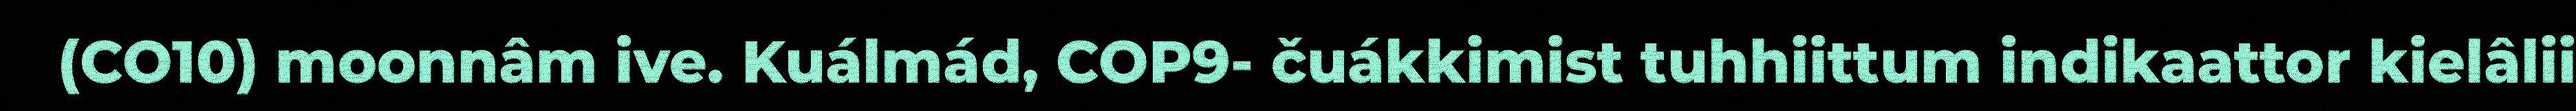
(CO10) moonnâm ive. Kuálmád, COP9- čuákkimist tuhhiittum indikaattor kielâlii